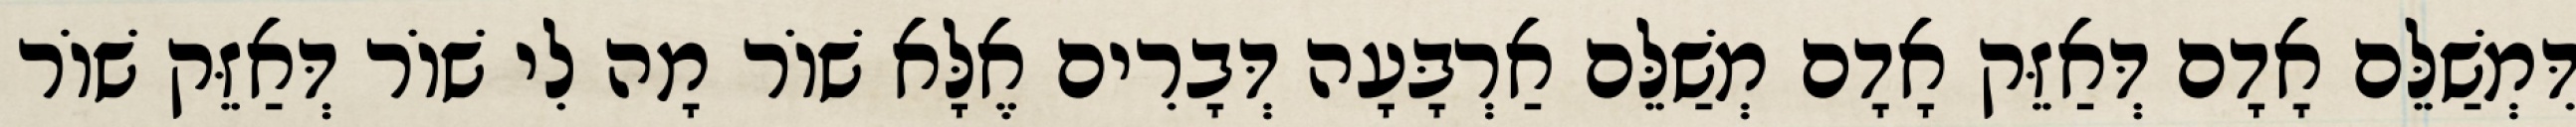
דִּמְשַׁלֵּם אָדָם דְּאַזֵּק אָדָם מְשַׁלֵּם אַרְבָּעָה דְּבָרִים אֶלָּא שׁוֹר מָה לִי שׁוֹר דְּאַזֵּק שׁוֹר